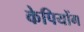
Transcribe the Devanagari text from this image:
केपियोंग